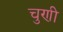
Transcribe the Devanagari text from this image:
चुणी